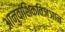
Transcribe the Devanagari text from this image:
आनुवांशिकविज्ञान